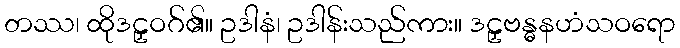
တဿ၊ ထိုဒဠှဝဂ်၏။ ဥဒါနံ၊ ဥဒါန်းသည်ကား။ ဒဠှဗန္ဓနဟံသဝရော